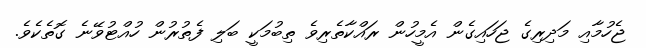
ޖެހުމާއި މަދިރިގެ ޖަހައިގެން އެމީހުން ރައްކާތެރިވެ ތިބުމަކީ ބަލި ފެތުރުން ހުއްޓުވޭނެ ގޮތެކެވެ.